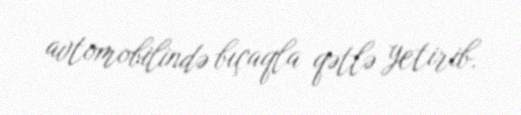
avtomobilində bıçaqla qətlə yetirib.